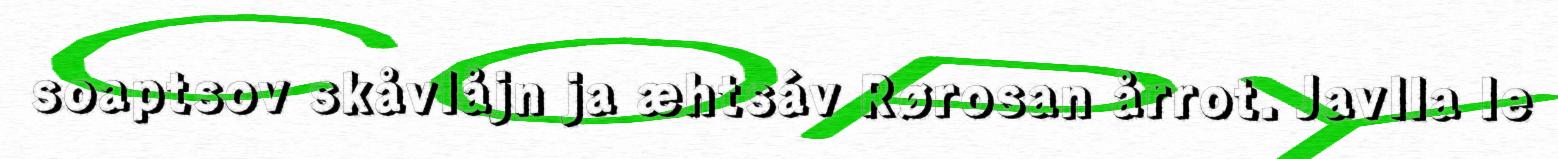
soaptsov skåvlåjn ja æhtsáv Rørosan årrot. Javlla le